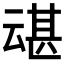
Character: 𫡶